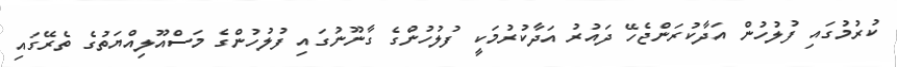
ކުރުމުގައި ފުލުހުން އަދާކުރަންޖެހޭ ދައުރު އަދާކުރުމަކީ ފުލުހުންގެ ގާނޫނުގައި ފުލުހުންގެ މަސްއޫލިއްޔަތުގެ ތެރޭގައި